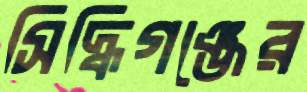
সিদ্ধিগঞ্জের